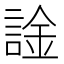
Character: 𫍀